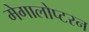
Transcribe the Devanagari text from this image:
मेगालोप्टरन